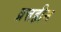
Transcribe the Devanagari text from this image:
व्रत्तहीन